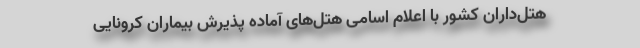
هتل‌داران کشور با اعلام اسامی هتل‌های آماده پذیرش بیماران کرونایی